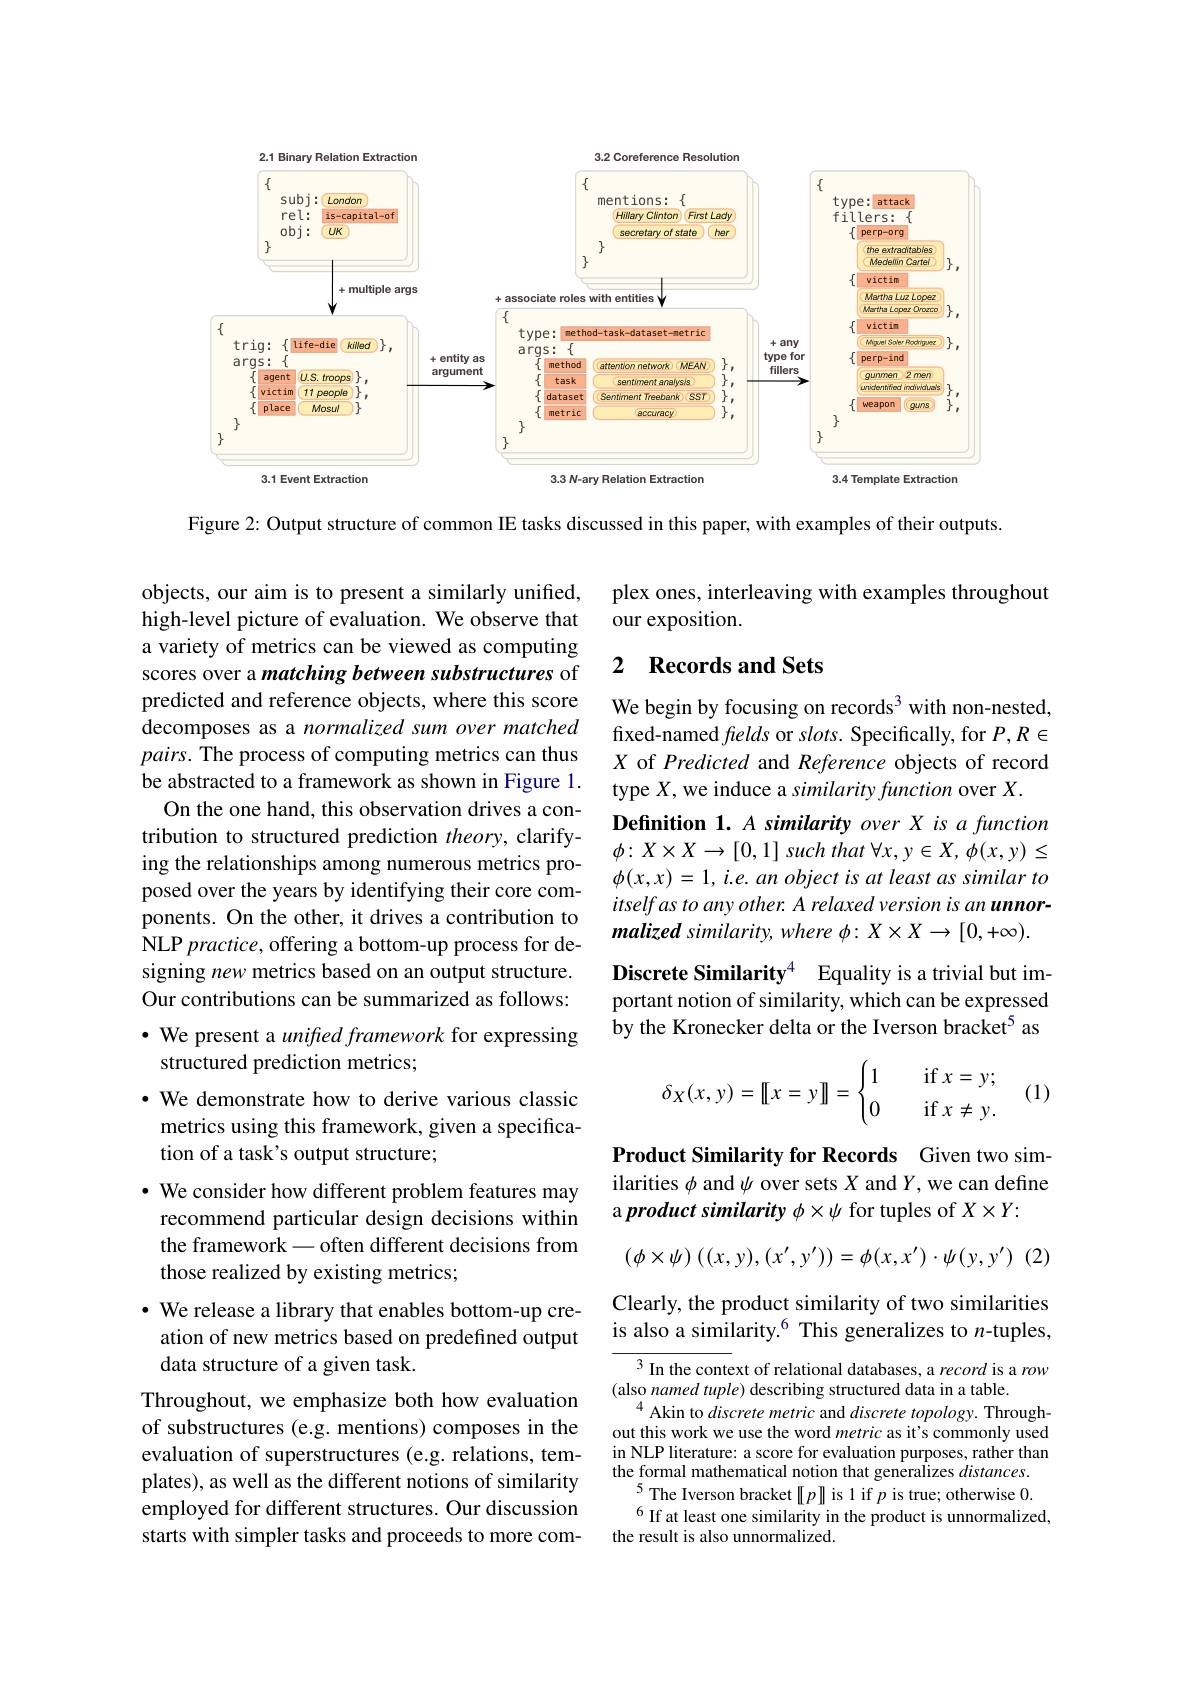
2.1 Binary Relation Extraction
3.2 Coreference Resolution
<FigureHere>

Figure 2: Output structure of common IE tasks discussed in this paper, with examples of their outputs.

plex ones, interleaving with examples throughout
our exposition.

## 2 Records and Sets

We begin by focusing on records$^{3}$ with non-nested, fixed-named fields or slots. Specifically, for $P,R\in$ X of Predicted and Reference objects of record type $X$,we induce a similarity function over $X.$
Definition 1. A similarity over X is a function $\phi : X\times X\to [ 0, 1] \textit{ such that }\forall x, y\in X, \phi ( x, y) \leq$ $\phi ( x, x) = 1, i. e. an\textit{object is at least as similar to}$ itself as to any other. A relaxed version is an unnormalized similarity, where $\phi:X\times X\to[0,+\infty).$
Discrete Similarity$^{4}$ Equality is a trivial but important notion of similarity, which can be expressed by the Kronecker delta or the Iverson bracket$^{5}$ as

objects, our aim is to present a similarly unified, high-level picture of evaluation. We observe that a variety of metrics can be viewed as computing scores over a matching between substructures of predicted and reference objects, where this score decomposes as a normalized sum over matched $pairs.$ The process of computing metrics can thus be abstracted to a framework as shown in Figure 1.
On the one hand, this observation drives a contribution to structured prediction theory, clarifying the relationships among numerous metrics proposed over the years by identifying their core components. On the other, it drives a contribution to NLP $practice$,offering a bottom-up process for designing new metrics based on an output structure. Our contributions can be summarized as follows: $\bullet$ We present a unifred framework for expressing structured prediction metrics;
· We demonstrate how to derive various classic metrics using this framework, given a specification of a task's output structure;
$\cdot$ We consider how different problem features may recommend particular design decisions within the framework-often different decisions from those realized by existing metrics;
· We release a library that enables bottom-up cre-
ation of new metrics based on predefined output
data structure of a given task.
Throughout, we emphasize both how evaluation of substructures (e.g. mentions) composes in the evaluation of superstructures (e.g. relations, templates), as well as the different notions of similarity employed for different structures. Our discussion starts with simpler tasks and proceeds to more com-
$$\delta_X(x,y)=[[x=y]]=\begin{cases}1&\quad\text{if}x=y;\\0&\quad\text{if}x\ne y.\end{cases}$$
(1)

Product Similarity for Records Given two similarities $\phi$ and $\psi$ over sets $X$ and $Y$,we can define a product similarity $\phi\times\psi$ for tuples of $X\times Y:$
$$(\phi\times\psi)\:((x,y),(x',y'))=\phi(x,x')\cdot\psi(y,y')\:(2)$$
Clearly, the product similarity of two similarities is also a similarity.$^{6}$ This generalizes to $n$-tuples,

$^{3}$In the context of relational databases, a record is a row
(also named tuple) describing structured data in a table.
$^{4}$Akin to discrete metric and discrete topology. Throughout this work we use the word metric as it's commonly used in NLP literature: a score for evaluation purposes, rather than the formal mathematical notion that generalizes distances. $^{5}$The Iverson bracket$[[p]]$is 1 if $p$ is true; otherwise 0. $^{6}$If at least one similarity in the product is unnormalized,
the result is also unnormalized.